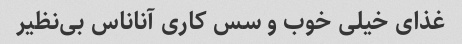
غذای خیلی خوب و سس کاری آناناس بی‌نظیر